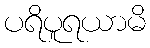
ပရိပူရယာမိ